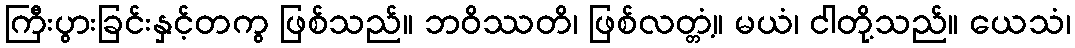
ကြီးပွားခြင်းနှင့်တကွ ဖြစ်သည်။ ဘဝိဿတိ၊ ဖြစ်လတ္တံ့။ မယံ၊ ငါတို့သည်။ ယေသံ၊